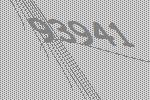
93941